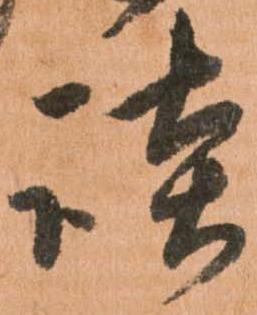
談